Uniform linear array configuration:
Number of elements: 24
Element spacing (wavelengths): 0.5
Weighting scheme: hamming
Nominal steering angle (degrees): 15
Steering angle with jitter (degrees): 13.693
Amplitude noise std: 0.05
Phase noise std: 0.05

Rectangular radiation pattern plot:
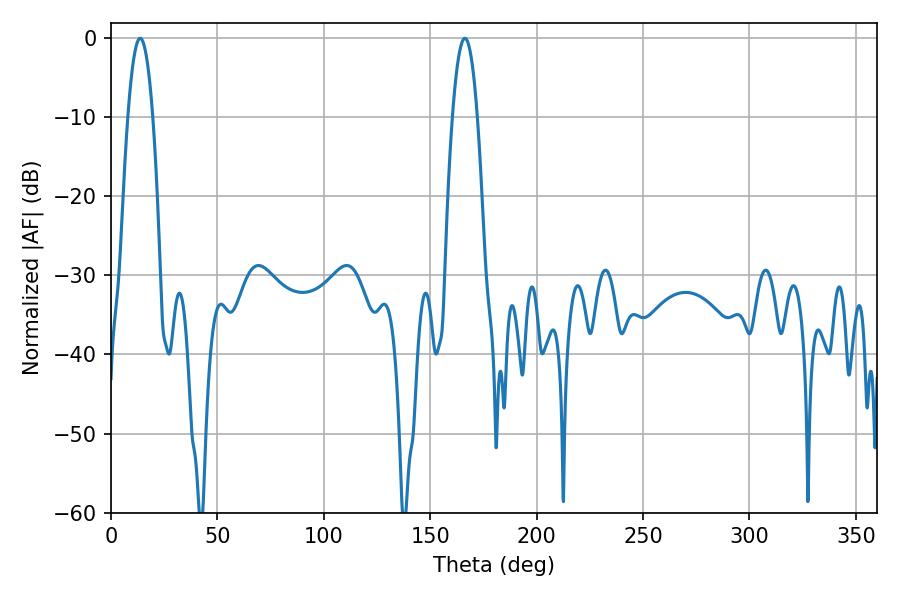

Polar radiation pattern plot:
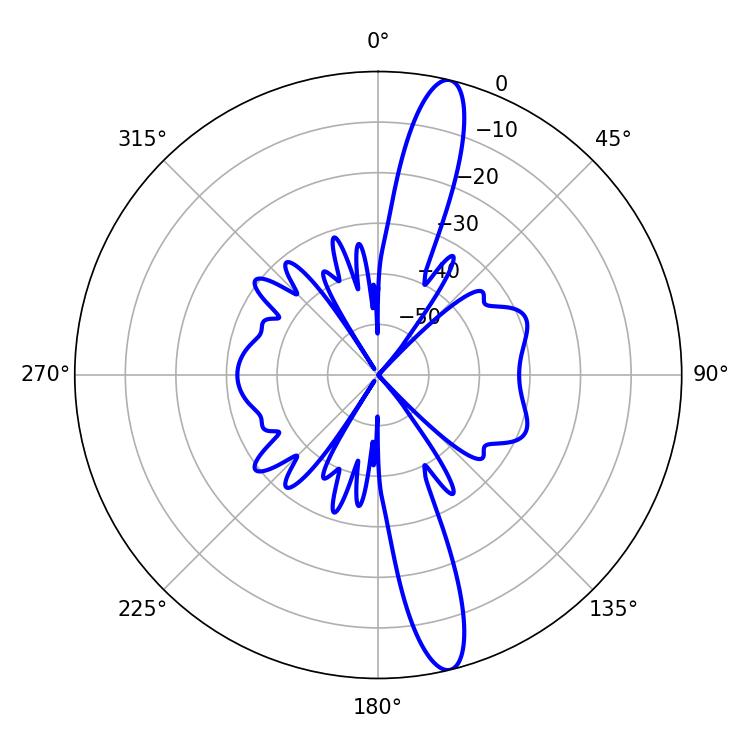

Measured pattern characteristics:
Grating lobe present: FALSE
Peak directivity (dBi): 15.389
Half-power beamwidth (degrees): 6.48
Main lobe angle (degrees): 13.68